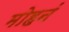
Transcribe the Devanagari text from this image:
मोहनं